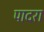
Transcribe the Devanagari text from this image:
पादरा